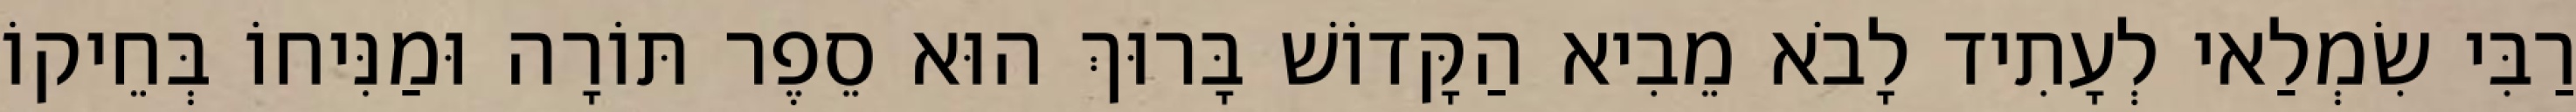
רַבִּי שִׂמְלַאי לְעָתִיד לָבֹא מֵבִיא הַקָּדוֹשׁ בָּרוּךְ הוּא סֵפֶר תּוֹרָה וּמַנִּיחוֹ בְּחֵיקוֹ